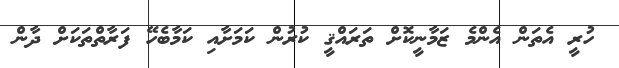
ހުރީ އެތަން އެންމެ ޒަމާނީކޮށް ތަރައްޤީ ކުރުން ކަމަށާއި ކަމާބެހޭ ފަރާތްތަކަށް ދާން